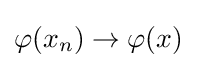
\varphi (x_{n})\to \varphi (x)